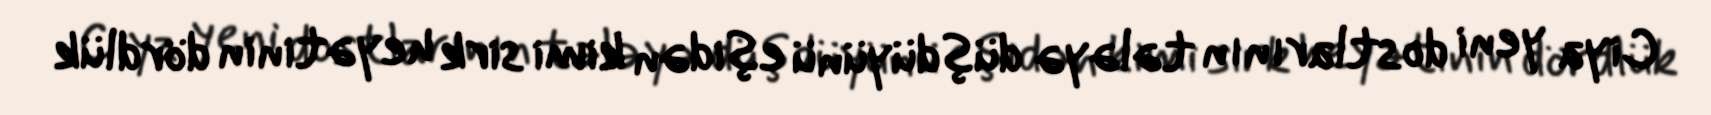
Ciya yeni dostlarının tələyə düşdüyünü eşidən kimi sirk heyətinin dördlük